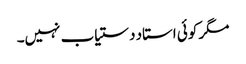
مگر کوئی استاد دستیاب نہیں۔